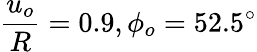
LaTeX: \frac{u_{o}}{R}=0.9,\phi_{o}=52.5^{\circ}